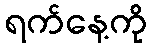
ရက်နေ့ကို